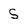
Character: S